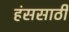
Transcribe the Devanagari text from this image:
हंससाठी